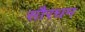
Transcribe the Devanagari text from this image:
सौरघम